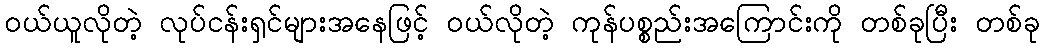
ဝယ်ယူလိုတဲ့ လုပ်ငန်းရှင်များအနေဖြင့် ဝယ်လိုတဲ့ ကုန်ပစ္စည်းအကြောင်းကို တစ်ခုပြီး တစ်ခု